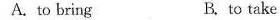
A. to bring B. to take